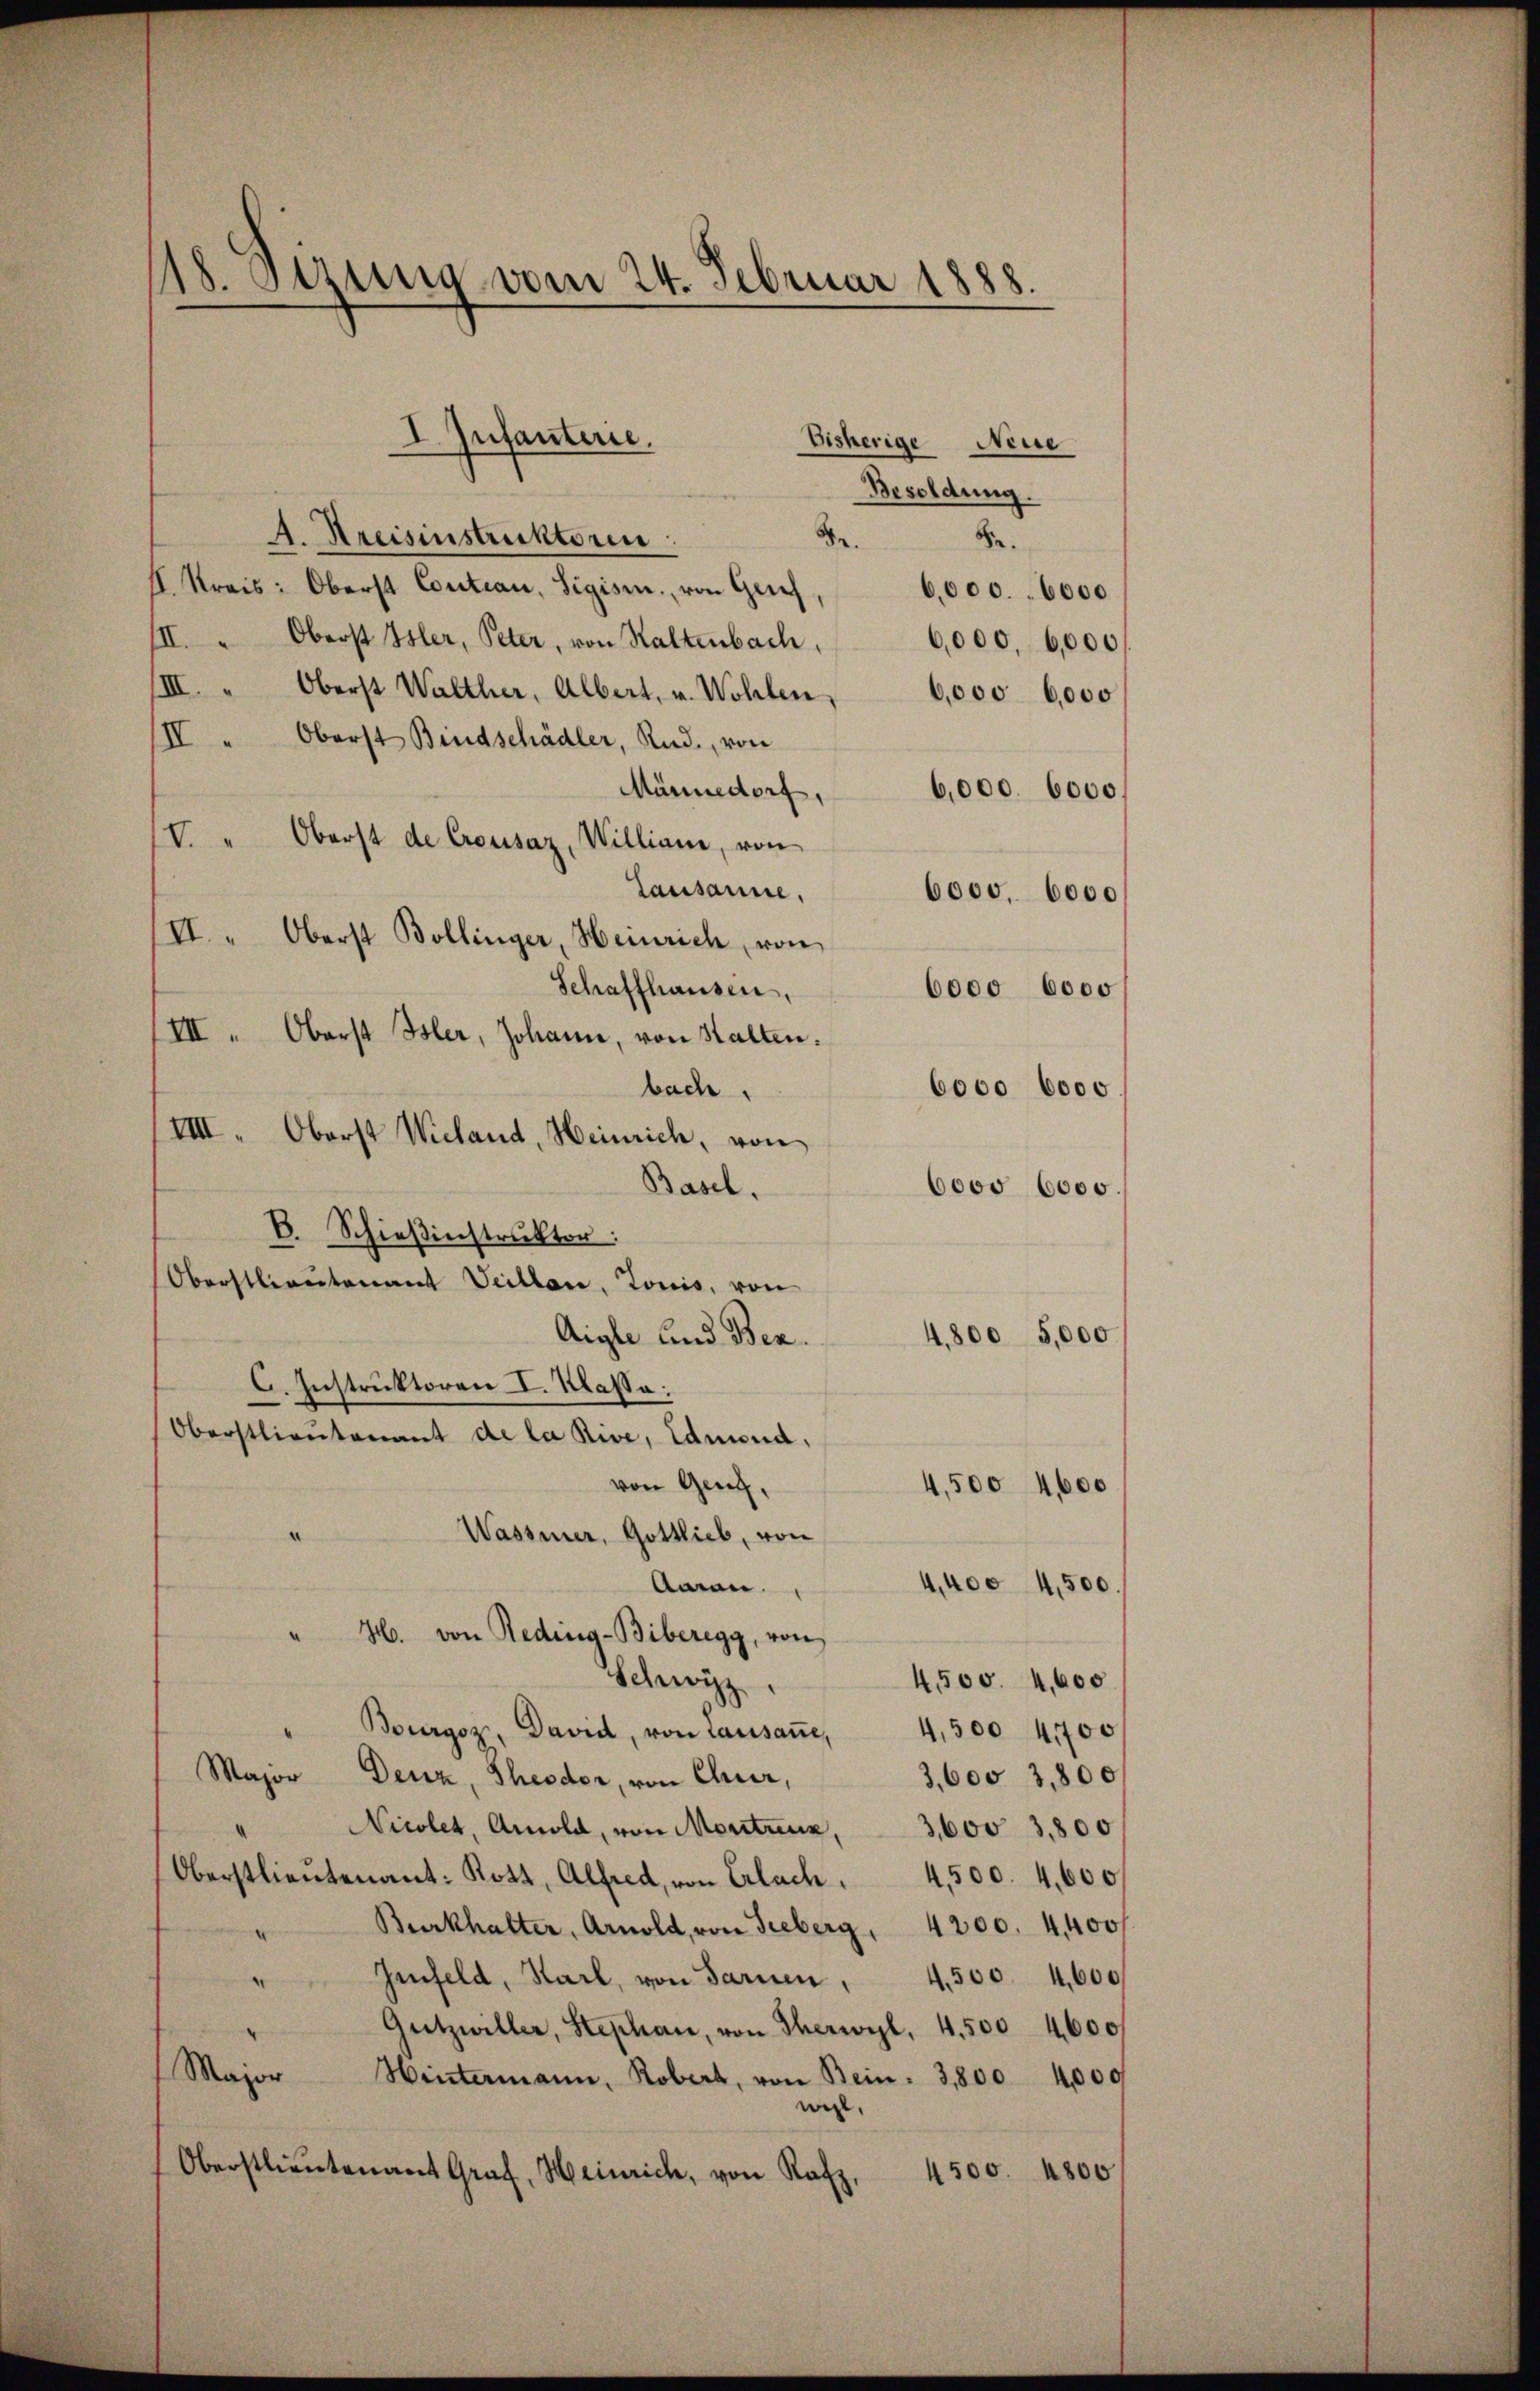
18. Sizung vom 24. Februar 1888.

I. Infanterie.
Bisherige Neue
Besoldung.
B.
Se.
A. Kreisinstruktoren.
II. Kreis: Oberst Contian, Sigism., von Greif
6,000. 6000
III. " Oberst Isler, Peter, von Haltenbach, 6000. 6,000
III.
Oberst Walther, Albert, v. Wohlen,
6,000 6,000
IV " Oberst Bindschädler, Rud. von
Männedorf,
6,000. 6000.
V
Oberst de Crousaz, Williani, von
Lausanne,
6000. 6000
VI. " Oberst Bollinger, Heinrich, von
Schaffhausen,
6000 6000
III. Oberst Her, Johann, von Statten:
bach.
6000 6000
VIII. Oberst Wieland, Heinrich, von
Basel.
6000 6000.
B. Schießinstruktor:
Oberstlieutenant Veillan, Tonis, von
4,800 5,000
Aigle und Bez.
C. Instruktoren I. Klasse:
Oberstlieutenant de la Rive, Edwind,
von Genf,
4,500 4600
Wassener, Gottlieb, von
“
4,400 4,500.
Aaren.
" H. von Reding-Biberegg, von
Schwyz
4,500. 4,600.
Bourgoz, David, von Lausaṅe, 4,500 4700
Major Denz, Theodor, von Chur,
3,600 3,800
Nicolet, Arnold, von Moritzenz, 3,600 3,800
Oberstlieutenant: Kott, Alfred, von Erlach, 4500. 4,600
Burkhalter, Arnold, von Seeberg, 4200. 4400f
Genfeld, Karl, von Sarnen, 4.500. 4,600
Gutzwiller, Stephan, von Therwyl, 4,500 4600
Major Hintermann, Robert, von Bein: 3,800 4,000
nehl,
Oberstlieutenant Graf, Heinrich, von Rafz,
4500. 4800